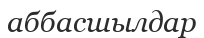
аббасшылдар